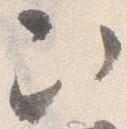
次